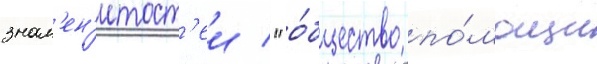
знам'ен'итост'еи / "о́бщество по́мощи